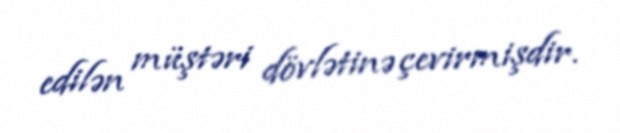
edilən müştəri dövlətinə çevirmişdir.